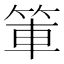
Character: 𫁿